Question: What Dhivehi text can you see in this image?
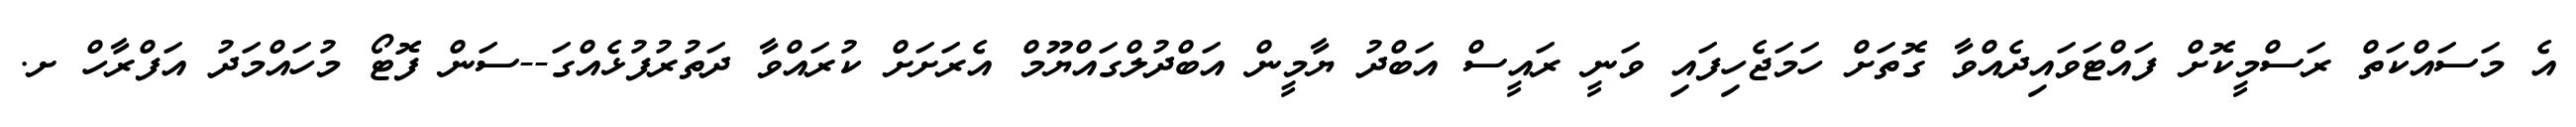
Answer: އެ މަސައްކަތް ރަސްމީކޮށް ފައްޓަވައިދެއްވާ ގޮތަށް ހަމަޖެހިފައި ވަނީ ރައީސް އަބްދު ޔާމީން އަބްދުލްގައްޔޫމް އެރަށަށް ކުރައްވާ ދަތުރުފުޅެއްގަ--ސަން ފޮޓޯ މުހައްމަދު އަފްރާހް ށ.